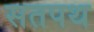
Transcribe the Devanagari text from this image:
सतपथ